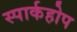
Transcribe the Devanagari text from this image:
स्पार्कहोप